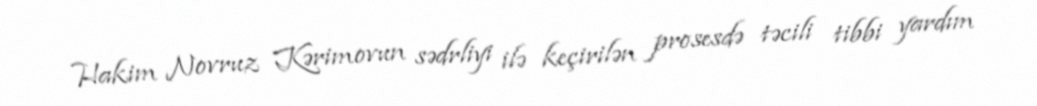
Hakim Novruz Kərimovun sədrliyi ilə keçirilən prosesdə təcili tibbi yardım